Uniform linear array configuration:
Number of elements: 16
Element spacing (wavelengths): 0.5
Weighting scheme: hann
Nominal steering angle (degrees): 45
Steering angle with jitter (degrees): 45.11
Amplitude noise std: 0.05
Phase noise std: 0.05

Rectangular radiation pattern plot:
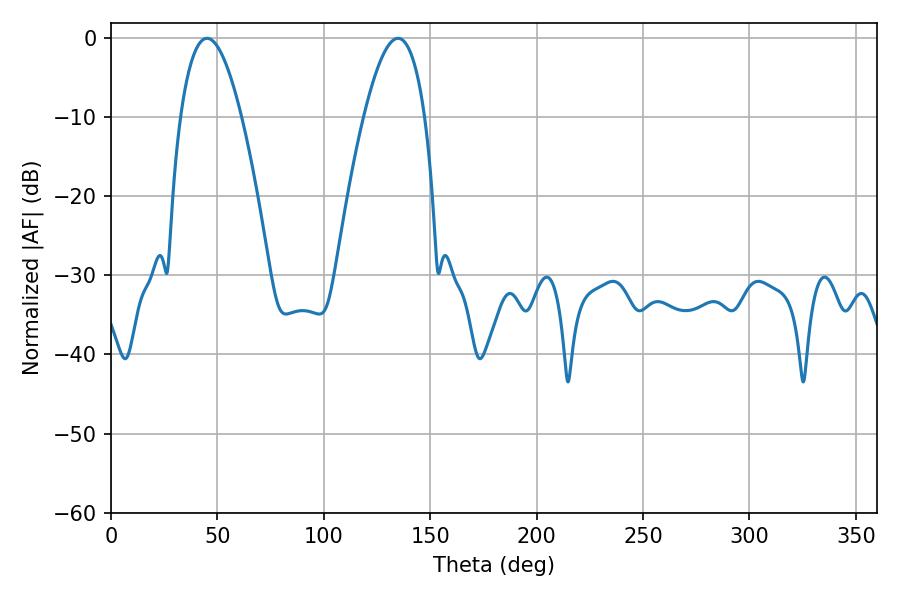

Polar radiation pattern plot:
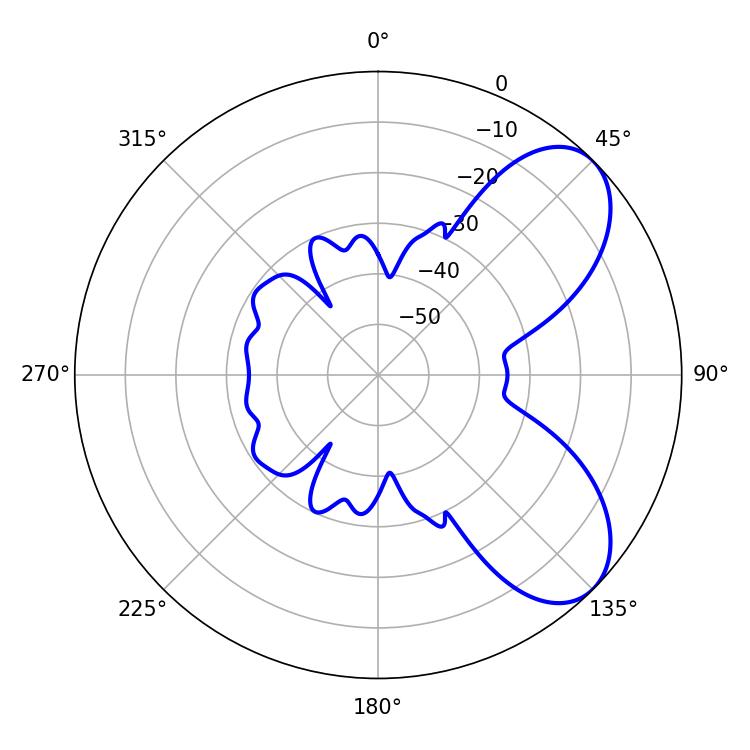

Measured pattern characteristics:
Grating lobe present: FALSE
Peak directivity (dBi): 6.753
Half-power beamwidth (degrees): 15.84
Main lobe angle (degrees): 45.18